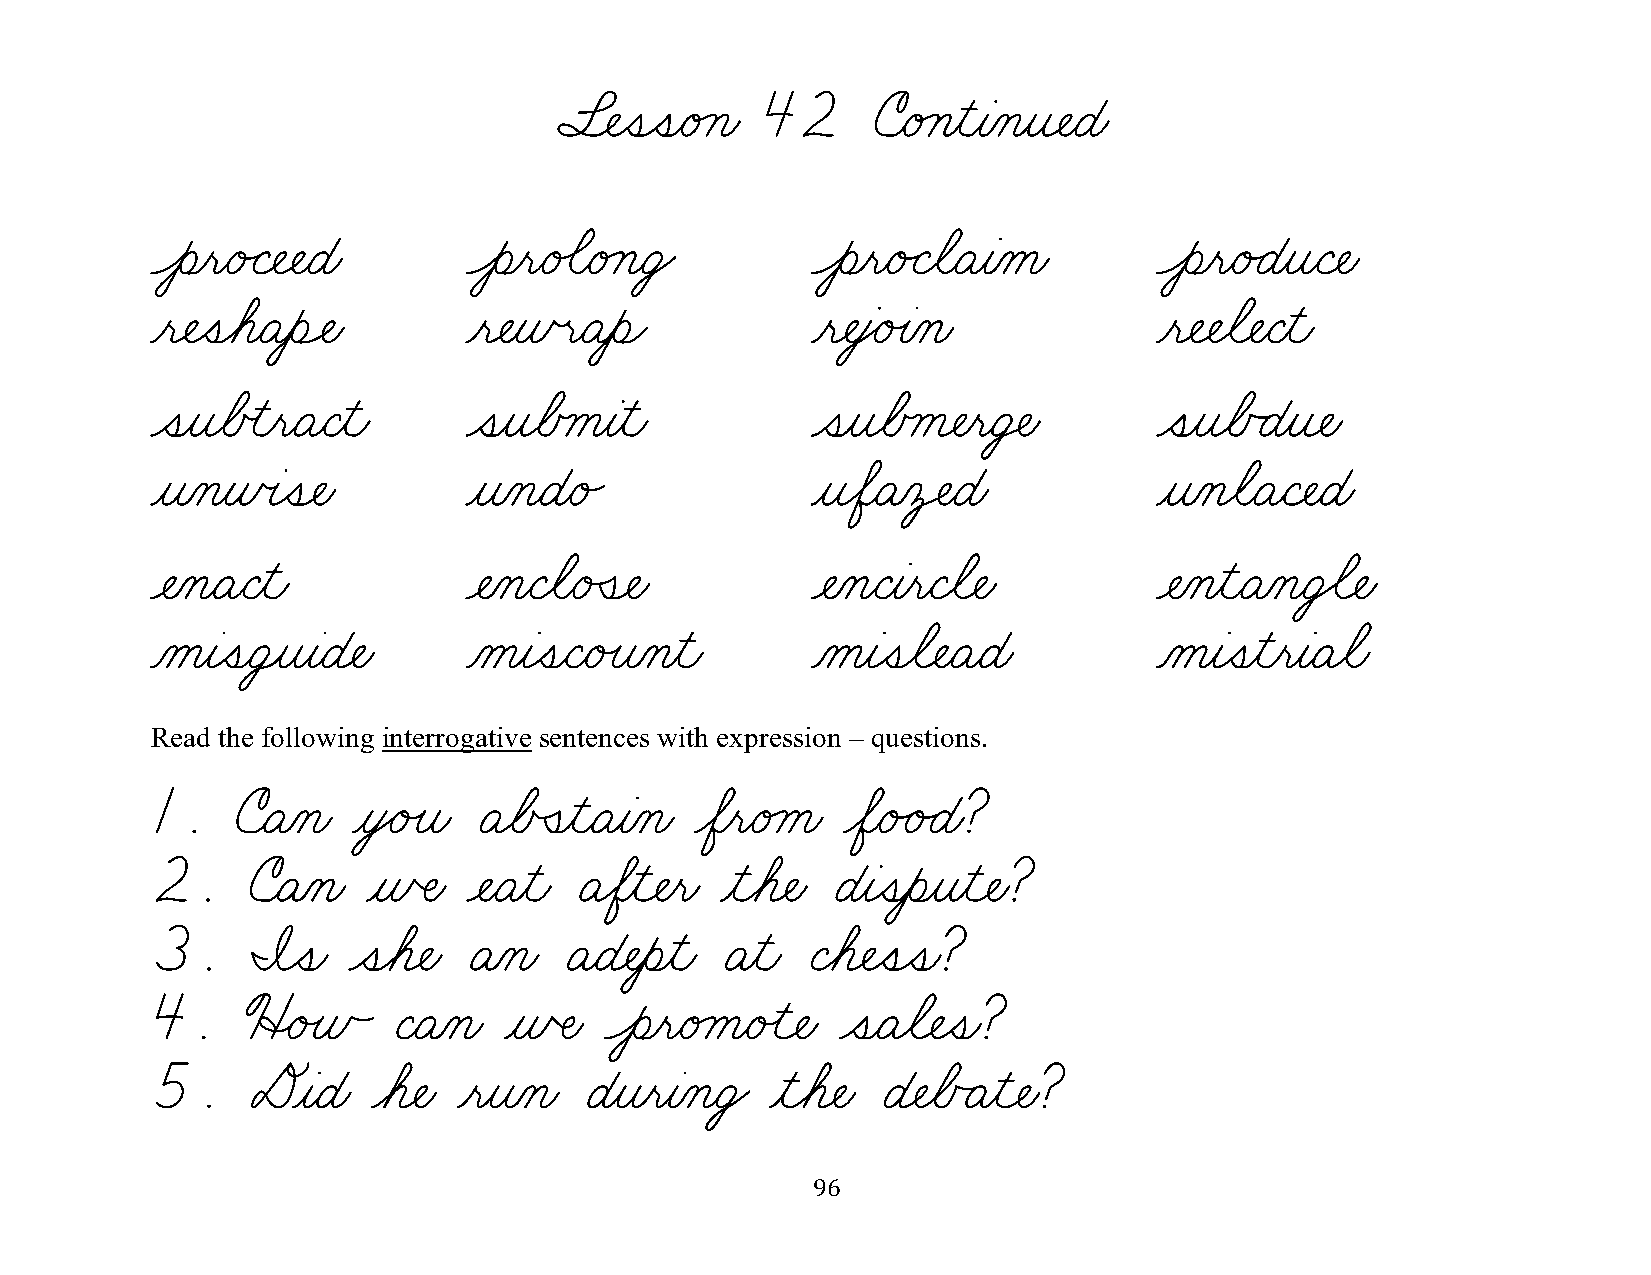
§¬ÑˆíˆíæéÁçæ 42      úæéÁçƒìƒàÀçƒî¬ÑæÉæ
 Ôèƒëæé„Ç¬Ñ¬ÑæÉæ      Ôèƒëæé‰ãæéÁçæÜŸ        Ôèƒëæé„ÇøãæÄƒàÀåæ      Ôèƒëæé„ÉƒîæÇ¬Ñæ
 ƒë¬ÑˆíøáæÄƒèÓÑæ      ƒë¬ÑƒñœëæÄƒèÌ          ƒë¬ÑƒâŸéÙàÀçæ          ƒë¬Ñ¬Ñøã¬ÑæÇƒìæ
 ˆíƒîøÅœìƒëæÄæÇƒìæ    ˆíƒîøÅÿåƒàƒìæ          ˆíƒîøÅÿå¬ÑƒëæÜ‡Ñæ      ˆíƒîøÅÃÉƒî¬Ñæ
 ƒîÀçƒñœàˆí¬Ñæ        ƒîÀçæÉæé„              ƒîøÖæÄÀô‡ÑæÉæ          ƒîÀçøãæÄæÇ¬ÑæÉæ
 ¬ÑÀçæÄæÇƒìæ          ¬ÑÀçæÇøãæéÛí¬Ñæ        ¬ÑÀçæÇƒàƒëæÇøã¬Ñæ      ¬ÑÀçƒìæÄÀçæÜ€ã¬Ñæ
 ÀåƒàˆíæÜ¸îƒàæÉ¬Ñæ    ÀåƒàˆíæÇæéÙîÀçƒìæ      Àåƒàˆíøã¬ÑæÄæÉæ        ÀåƒàˆíƒìƒëƒàæÄøãæ
 Read the following interrogative sentences with expression – questions.
 1.    úæÄÀçæ ƒòŸéÙîæ ÄøÅÒíƒìæÄƒàÀçæ øÖƒëæéÁåæ øÖæé„é„Éæ?
 2.    úæÄÀçæ  ƒñŒÑæ  ¬ÑæÄƒìæ ÄøÖƒì¬Ñƒëæ ƒìøá¬Ñæ Éƒàˆíƒèƒîƒì¬Ñæ?
 3.     ˜ˆíæ  ˆíøá¬Ñæ ÄÀçæ  ÄæÉ¬Ñƒèƒìæ Äƒìæ Çøá¬Ñˆíˆíæ?
 4.    üËéÙñÃ    ÇæÄÀçæ ƒñŒÑæ  ÔèƒëæéÁåæéÙì¬Ñæ ˆíæÄøã¬Ñˆíæ?
 5.     DƒàæÉæ  øá¬Ñæ ƒëƒîÀçæ ÉƒîƒëƒàÀçæÜŸ ƒìøá¬Ñæ É¬ÑøÅÃÄƒì¬Ñæ?
 96